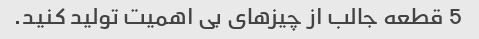
5 قطعه جالب از چیزهای بی اهمیت تولید کنید.